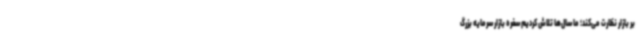
بر بازار نظارت می‌کند؛ ما سال‌ها تلاش کردیم سفره بازار سرمایه بزرگ